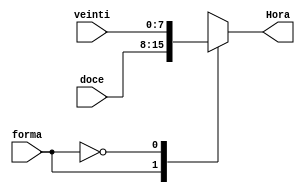
`timescale 1ns / 1ps

module MUX_sel_hora(
	input forma,
	input [7:0] veinti,
	input [7:0] doce,
	output reg [7:0] Hora
	);

always @(veinti or doce or forma)
	begin
	case (forma)
	1'b1: begin Hora=doce; end
	1'b0: begin Hora=veinti; end
	endcase
	end
endmodule